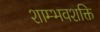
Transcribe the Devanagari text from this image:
शाम्भवशक्ति